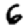
Digit: 6